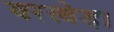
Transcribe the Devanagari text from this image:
वरखेड़ा